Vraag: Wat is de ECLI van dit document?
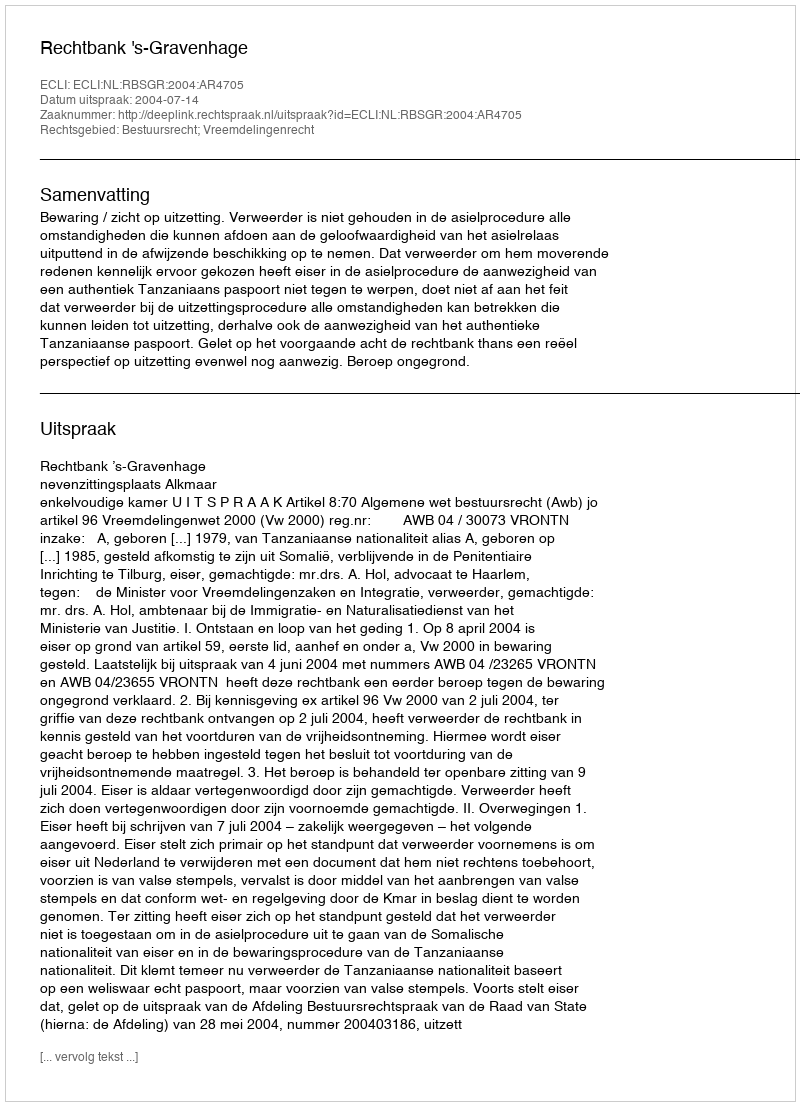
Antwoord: ECLI:NL:RBSGR:2004:AR4705